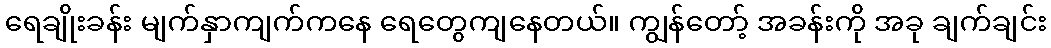
ရေချိုးခန်း မျက်နှာကျက်ကနေ ရေတွေကျနေတယ်။ ကျွန်တော့် အခန်းကို အခု ချက်ချင်း